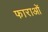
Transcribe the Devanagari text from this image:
फाराओं